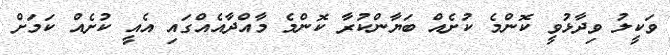
ވަކީލު ވިދާޅުވީ ކޮންމެ ކުށެއް ބަޔާންކުރާ ކޮންމެ މާއްދާއެއްގައި އެއީ ކުށެއް ކަމަށް